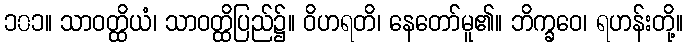
၁၀၁။ သာဝတ္ထိယံ၊ သာဝတ္ထိပြည်၌။ ဝိဟရတိ၊ နေတော်မူ၏။ ဘိက္ခဝေ၊ ရဟန်းတို့။